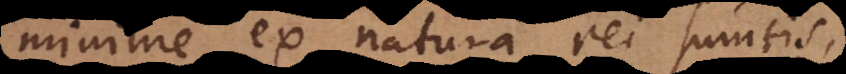
minime ex natura rei sumtis,